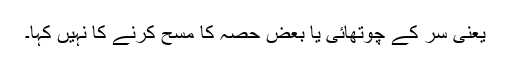
یعنی سر کے چوتھائی یا بعض حصہ کا مسح کرنے کا نہیں کہا۔